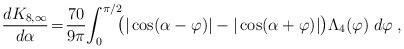
LaTeX: \begin{align*} {d K_{8, \infty} \over d\alpha}\!=\!{70 \over 9\pi}\!\int_0^{\pi/2}\!\!\!\big ( |\cos(\alpha-\varphi)|-|\cos(\alpha+\varphi)|\big )\Lambda_4(\varphi)\;d\varphi\;,\end{align*}